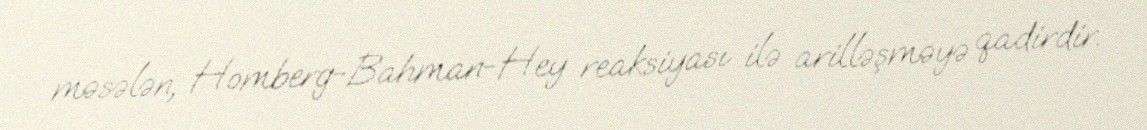
məsələn, Homberg-Bahman-Hey reaksiyası ilə arilləşməyə qadirdir.